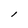
Character: l